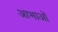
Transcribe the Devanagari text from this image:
आभाओं